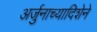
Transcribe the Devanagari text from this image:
अर्जुनाच्यादिशेने